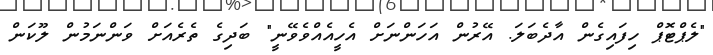
"ލެޕްޓޮޕް ހިފައިގެން އާދެބަލަ. އޭރުން އަހަންނަށް އެހީއެއްވެވޭނީ" ބަދިގެ ތެރެއަށް ވަންނަމުން ލޫކަން